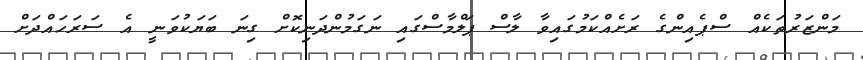
މަންޒަރުތަކެއް ސްޕެއިންގެ ރަށެއްކަމުގައިވާ ލާސް ޕަލްމާސްގައި ނަގަމުންދަނިކޮށް ގިނަ ބަޔަކުވަނީ އެ ސަރަހައްދަށް